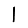
Digit: 1